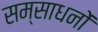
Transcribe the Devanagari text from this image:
सम्साधनों